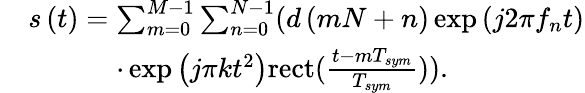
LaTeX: \begin{array}{rl}&{s\left(t\right)=\sum_{m=0}^{M-1}{\sum_{n=0}^{N-1}}({d\left({mN+n}\right)}\exp\left({j2\pi{f_{n}}t}\right)}\\ &{\quad\; \; \quad\; \; \cdot\exp\left({j\pi{k}{t^{2}}}\right)\mathrm{{rect}}({\frac{{t-m{T_{sym}}}}{{{T_{sym}}}}})).}\end{array}